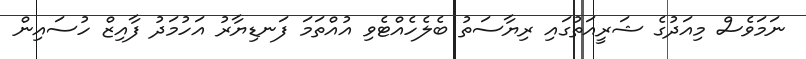
ނަމަވެސް މިއަދުގެ ޝަރީއަތުގައި ރިޔާސަތު ބެލެހެއްޓެވި އުއްތަމަ ފަނޑިޔާރު އަހުމަދު ފާއިޒް ހުސައިން